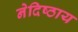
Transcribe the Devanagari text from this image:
नेदिष्ठाय